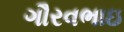
ગૌરવભાઇ